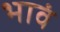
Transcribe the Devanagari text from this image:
भावं